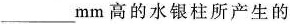
___mm高的水银柱所产生的